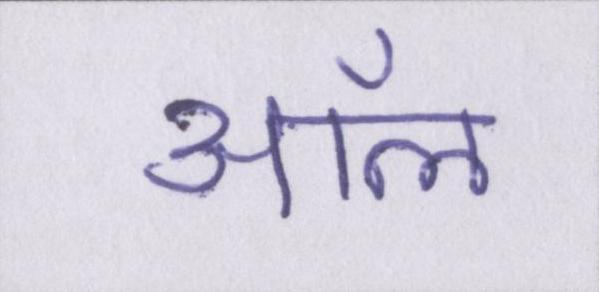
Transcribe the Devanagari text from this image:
ऑल